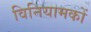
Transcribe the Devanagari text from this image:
विनियामकों